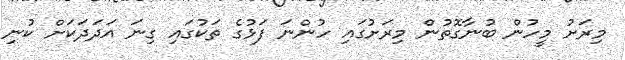
މިރަށު މީހުން ބުނާގޮތުން މިރަށުގައި ހުންނަ ފަޅުގެ ތަކުގައި ގިނަ އަދަދަކަށް ކުނި